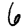
Digit: 6